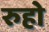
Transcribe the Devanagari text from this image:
रुहो